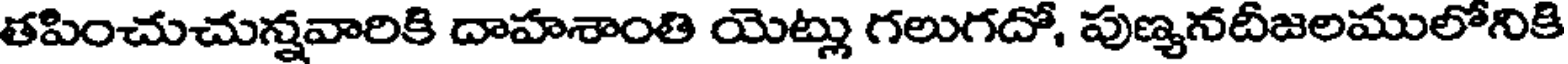
తపించుచున్నవారికి దాహశాంతి యెట్లు గలుగదో, పుణ్యనదీజలములోనికి